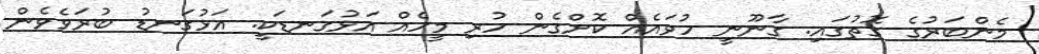
މެންބަރުގެ ގޮތުގައި. ގާނޫނީ ހުވައެއް ކޮށްގެން ހުރި މީހެއް އަޅުގަނޑަކީ. އަޅުގަނޑު ބުރަވެވެން